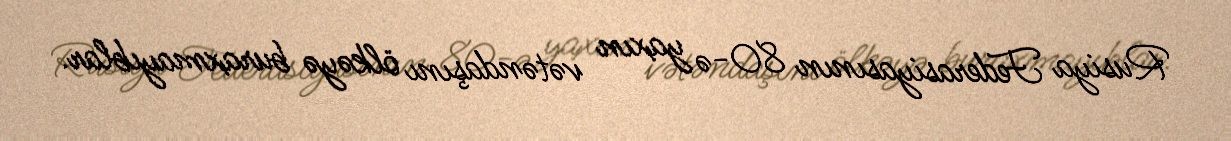
Rusiya Federasiyasının 80-ə yaxın vətəndaşını ölkəyə buraxmayıblar.